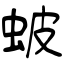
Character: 蚾